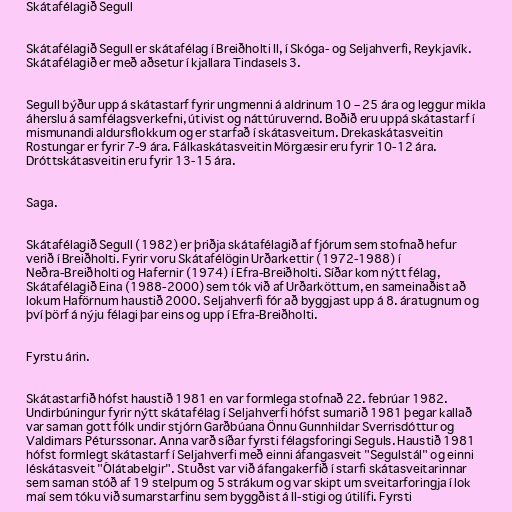
Skátafélagið Segull

Skátafélagið Segull er skátafélag í Breiðholti II, í Skóga- og Seljahverfi, Reykjavík.
Skátafélagið er með aðsetur í kjallara Tindasels 3.

Segull býður upp á skátastarf fyrir ungmenni á aldrinum 10 – 25 ára og leggur mikla
áherslu á samfélagsverkefni, útivist og náttúruvernd. Boðið eru uppá skátastarf í
mismunandi aldursflokkum og er starfað í skátasveitum. Drekaskátasveitin
Rostungar er fyrir 7-9 ára. Fálkaskátasveitin Mörgæsir eru fyrir 10-12 ára.
Dróttskátasveitin eru fyrir 13-15 ára.

Saga.

Skátafélagið Segull (1982) er þriðja skátafélagið af fjórum sem stofnað hefur
verið í Breiðholti. Fyrir voru Skátafélögin Urðarkettir (1972-1988) í
Neðra-Breiðholti og Hafernir (1974) í Efra-Breiðholti. Síðar kom nýtt félag,
Skátafélagið Eina (1988-2000) sem tók við af Urðarköttum, en sameinaðist að
lokum Haförnum haustið 2000. Seljahverfi fór að byggjast upp á 8. áratugnum og
því þörf á nýju félagi þar eins og upp í Efra-Breiðholti.

Fyrstu árin.

Skátastarfið hófst haustið 1981 en var formlega stofnað 22. febrúar 1982.
Undirbúningur fyrir nýtt skátafélag í Seljahverfi hófst sumarið 1981 þegar kallað
var saman gott fólk undir stjórn Garðbúana Önnu Gunnhildar Sverrisdóttur og
Valdimars Péturssonar. Anna varð síðar fyrsti félagsforingi Seguls. Haustið 1981
hófst formlegt skátastarf í Seljahverfi með einni áfangasveit "Segulstál" og einni
léskátasveit "Ólátabelgir". Stuðst var við áfangakerfið í starfi skátasveitarinnar
sem saman stóð af 19 stelpum og 5 strákum og var skipt um sveitarforingja í lok
maí sem tóku við sumarstarfinu sem byggðist á II-stigi og útilífi. Fyrsti